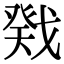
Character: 戣